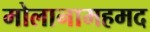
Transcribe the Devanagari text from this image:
मोलानामहमद